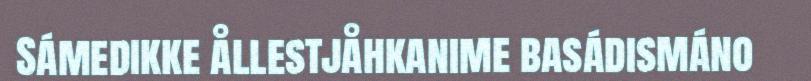
Sámedikke ållestjåhkanime basádismáno